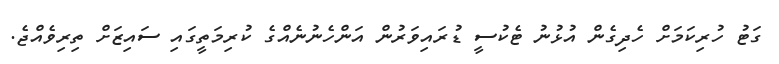
ގަޓު ހުރިކަމަށް ހެދިގެން އުޅުނު ޓެކުސީ ޑުރައިވަރުން އަންހެނުނެއްގެ ކުރިމަތީގައި ސައިޒަށް ތިރިވެއްޖެ.